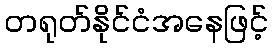
တရုတ်နိုင်ငံအနေဖြင့်